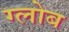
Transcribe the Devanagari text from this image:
ग्‍लोब